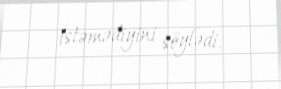
istəmədiyini söylədi.